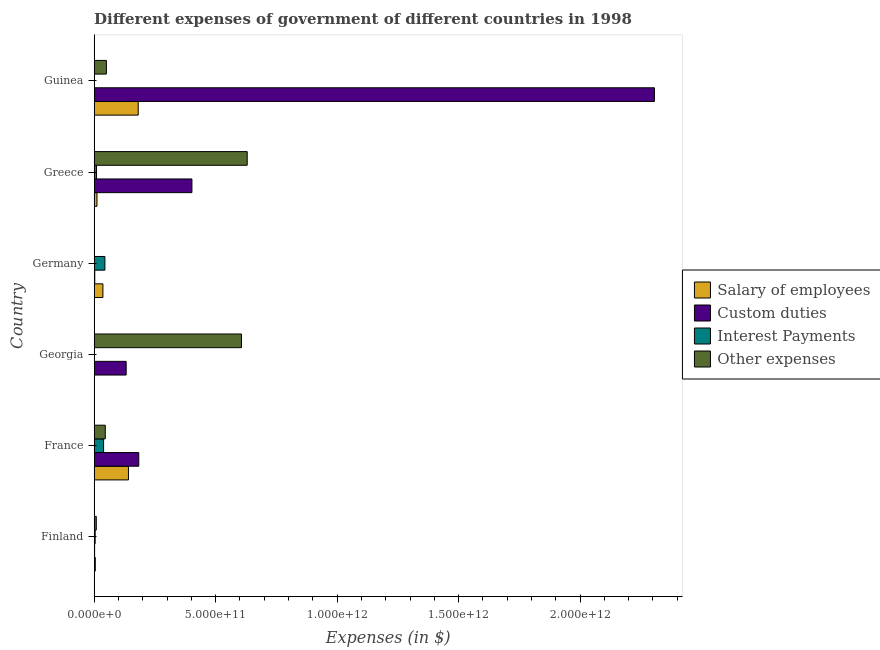
| Country | Salary of employees | Custom duties | Interest Payments | Other expenses |
 | --- | --- | --- | --- | --- |
 | Finland | 4.56e+09 | 1.68e+09 | 4.01e+09 | 8.61e+09 |
 | France | 1.41e+11 | 1.84e+11 | 3.87e+10 | 4.56e+10 |
 | Georgia | 8.04e+07 | 1.32e+11 | 1.28e+08 | 6.06e+11 |
 | Germany | 3.58e+10 | 2.33e+09 | 4.41e+10 | 7.21e+08 |
 | Greece | 1.14e+10 | 4.02e+11 | 9.62e+09 | 6.3e+11 |
 | Guinea | 1.81e+11 | 2.31e+12 | 1.26e+09 | 5.03e+10 |